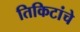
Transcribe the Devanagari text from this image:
तिकिटांचे